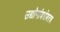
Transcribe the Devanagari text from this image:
उद्योगांबरोबरच